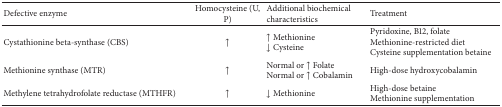
| Defective enzyme | Homocysteine (U, P) | Additional biochemical characteristics | Treatment |
 | --- | --- | --- | --- |
 | Cystathionine beta-synthase (CBS) | ↑ | ↑ Methionine↓ Cysteine | Pyridoxine, B12, folateMethionine-restricted dietCysteine supplementation betaine |
 | Methionine synthase (MTR) | ↑ | Normal or ↑ FolateNormal or ↑ Cobalamin | High-dose hydroxycobalamin |
 | Methylene tetrahydrofolate reductase (MTHFR) | ↑ | ↓ Methionine | High-dose betaineMethionine supplementation |